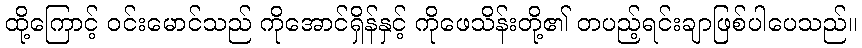
ထို့ကြောင့် ဝင်းမောင်သည် ကိုအောင်ရှိန်နှင့် ကိုဖေသိန်းတို့၏ တပည့်ရင်းချာဖြစ်ပါပေသည်။